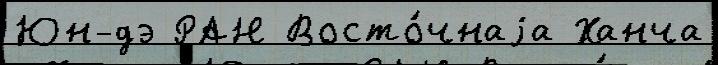
Юн-дэ РАН Восто́чнаjа Ханча